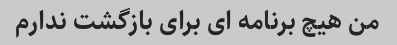
من هیچ برنامه ای برای بازگشت ندارم